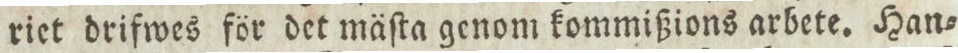
riet drifwes för det mäſta genom kommißions arbete. Han=